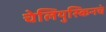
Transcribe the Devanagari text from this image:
चेलियुस्किनचे